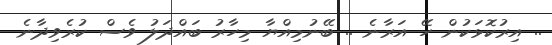
.. އިރުކޮޅަކުން ހޭ އަރާނެ .. ބޭނުމިއްޔާ މިހާރު ބައްދަލު ވެސް ކުރެވިދާނެ